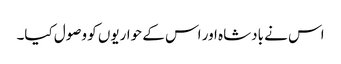
اس نے بادشاہ اور اس کے حواریوں کو وصول کیا۔